Document type: Inventory
Year: 1295
Scribe: Pere Marc
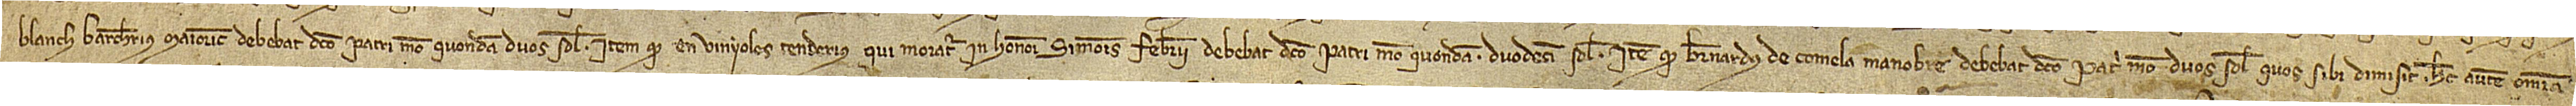
Blanch, barcherius Maiorice, debebat dicto patri meo, quondam, duos solidos; item, quod en Vinyoles, tenderius qui moratur in honore Simonis Febrarii, debebat dicto patri meo, quondam, duodecim solidos; item, quod Bernardus de Comela, manobre, debebat dicto patri meo duos solidos quos sibi dimisit. Hec autem omnia